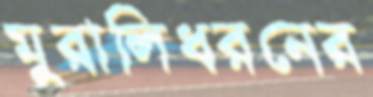
মুরালিধরনের